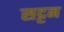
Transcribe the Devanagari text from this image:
सट्टन